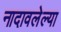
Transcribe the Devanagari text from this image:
नादावलेल्या